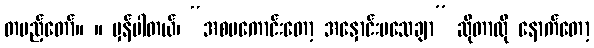
တပည့်တော်။ ။ မှန်ပါတယ်၊ “အစမကောင်းတော့ အနှောင်းမသေချာ” ဆိုတာလို နောက်တော့